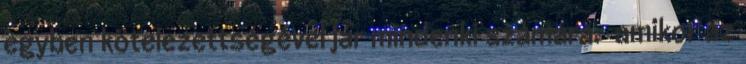
egyben kötelezettségével jár mindenki számára. amikor az